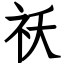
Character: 祅